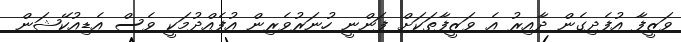
ވަޒީފާ އުފެދިގެން ދާއިރު އެ ވަޒީފާތަކަށް ފަންނީ ހުނަރުވެރިން އުފެއްދުމަކީ ވެސް އެޑިއުކޭޝަން